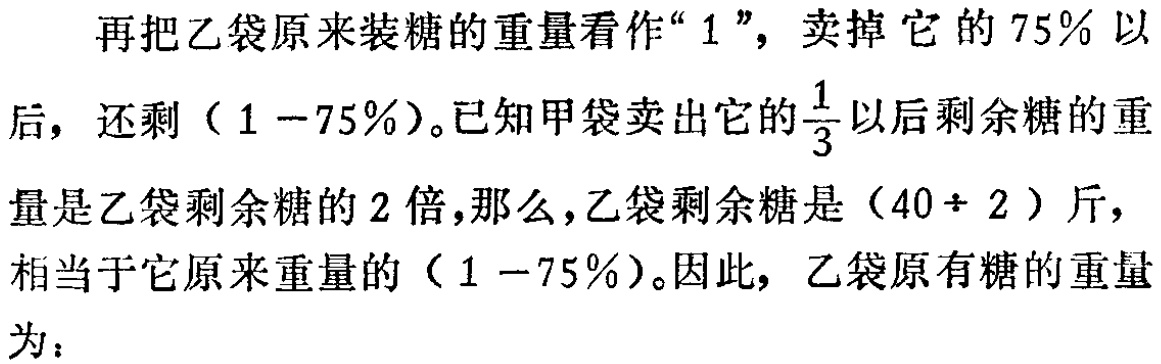
再把乙袋原来装糖的重量看作“\(1\)”，卖掉它的\(75\%\)以后，还剩\((1 - 75\%)\)。已知甲袋卖出它的\(\frac{1}{3}\)以后剩余糖的重量是乙袋剩余糖的\(2\)倍，那么，乙袋剩余糖是\((40\div 2)\)斤，相当于它原来重量的\((1 - 75\%)\)。因此，乙袋原有糖的重量为：